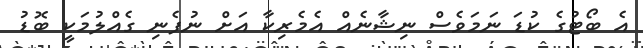
އެ ބޯޓުގެ ކުޑަ ނަމަވެސް ނިޝާނެއް އެމެރިކާ އަށް ނުފެނި ގެއްލުމަކީ ބޮޑު